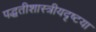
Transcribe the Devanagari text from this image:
पद्धतीशास्त्रीयदृष्टया